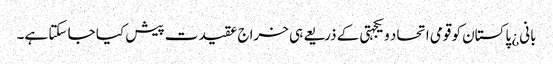
بانی¿ پاکستان کو قومی اتحاد و یکجہتی کے ذریعے ہی خراج عقیدت پیش کیا جا سکتا ہے۔